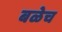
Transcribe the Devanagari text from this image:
बळेच